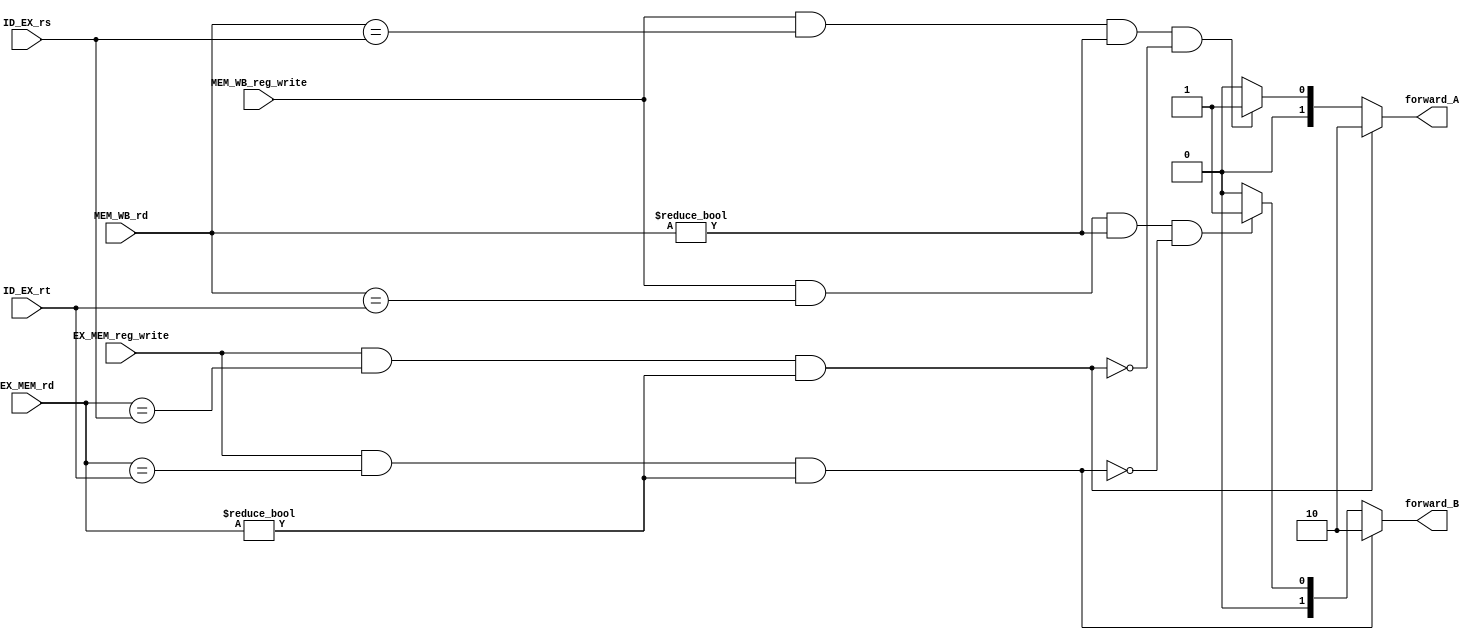
`timescale 1ns / 1ps
//////////////////////////////////////////////////////////////////////////////////
// Company: 
// Engineer: 
// 
// Design Name: 
// Module Name: Forwarding_Unit
// Project Name: 
// Target Devices: 
// Tool Versions: 
// Description: 
// 
// Dependencies: 
// 
// Revision:
// Revision 0.01 - File Created
// Additional Comments:
// 
//////////////////////////////////////////////////////////////////////////////////


module Forwarding_Unit(
EX_MEM_reg_write,EX_MEM_rd,
MEM_WB_reg_write,MEM_WB_rd,
ID_EX_rs, ID_EX_rt,
forward_A, forward_B
);

input EX_MEM_reg_write;
input[4:0] EX_MEM_rd;

input MEM_WB_reg_write;
input[4:0] MEM_WB_rd;

input[4:0] ID_EX_rs,ID_EX_rt;

output reg[1:0] forward_A,forward_B;

always@(*)begin
    //deciding if the alu input for rs will come from the EX,MEM, or WB stage.
    if((EX_MEM_reg_write == 1'b1) && 
       (EX_MEM_rd == ID_EX_rs) && 
       (EX_MEM_rd != 5'b0))
            forward_A = 2'b10;/////////////////////
    else if((MEM_WB_reg_write == 1'b1) && 
            (MEM_WB_rd == ID_EX_rs) && 
            (MEM_WB_rd != 5'b0) &&
            ~((EX_MEM_reg_write == 1'b1) && (EX_MEM_rd == ID_EX_rs) && (EX_MEM_rd != 5'b0)))
            forward_A = 2'b01;/////////////////////        
    else begin
        forward_A = 2'b0;        
        end        
           
    //deciding if the alu input for rt will come from the EX,MEM, or WB stage.        
    if((EX_MEM_reg_write == 1'b1) && 
            (EX_MEM_rd == ID_EX_rt) && 
            (EX_MEM_rd != 5'b0))
            forward_B = 2'b10;/////////////////////
    
    else if((MEM_WB_reg_write == 1'b1) && 
            (MEM_WB_rd == ID_EX_rt) && 
            (MEM_WB_rd != 5'b0) &&
             ~((EX_MEM_reg_write == 1'b1) && (EX_MEM_rd == ID_EX_rt) && (EX_MEM_rd != 5'b0)))
            forward_B = 2'b01;/////////////////////
    else begin
        forward_B = 2'b0;
        end
end




endmodule